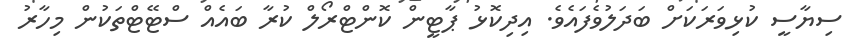
ސިޔާސީ ކުޅިވަރަކަށް ބަދަލުވެފައެވެ. އިދިކޮޅު ޕާޓީން ކޮންޓްރޯލް ކުރާ ބައެއް ސްޓޭޓްތަކުން މިހާރު